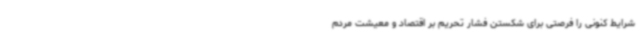
شرایط کنونی را فرصتی برای شکستن فشار تحریم بر اقتصاد و معیشت مردم